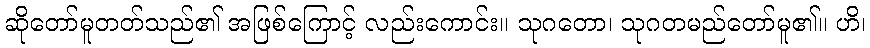
ဆိုတော်မူတတ်သည်၏ အဖြစ်ကြောင့် လည်းကောင်း။ သုဂတော၊ သုဂတမည်တော်မူ၏။ ဟိ၊